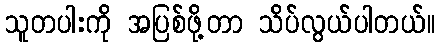
သူတပါးကို အပြစ်ဖို့တာ သိပ်လွယ်ပါတယ်။